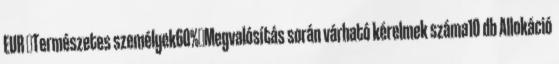
EUR ▪Természetes személyek60%▪Megvalósítás során várható kérelmek száma10 db Allokáció